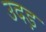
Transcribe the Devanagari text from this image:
उदड़